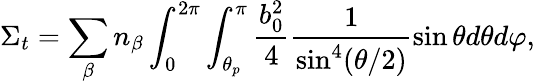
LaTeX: {\Sigma}_{t}=\sum_{\beta}{{{n}_{\beta}}\int_{0}^{2\pi}{\int_{{{\theta}_{p}}}^{\pi}{\frac{b_{0}^{2}}{4}\frac{1}{{{\sin}^{4}}(\theta/2)}\sin\theta d\theta d\varphi}}},